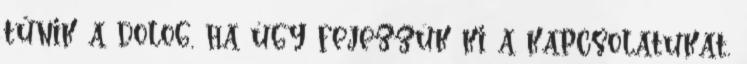
tűnik a dolog, ha úgy fejezzük ki a kapcsolatukat,